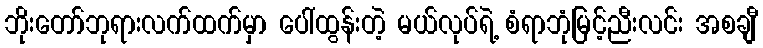
ဘိုးတော်ဘုရားလက်ထက်မှာ ပေါ်ထွန်းတဲ့ မယ်လုပ်ရဲ့ စံရာဘုံမြင့်ညီးလင်း အစချီ